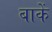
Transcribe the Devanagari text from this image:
बाकें